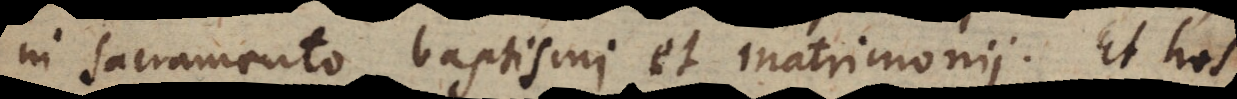
in sacramento baptismi et matrimonii. Et hos